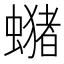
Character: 𧒇